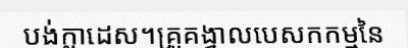
បង់ក្លាដេស។គ្រូគង្វាលបេសកកម្មនៃ